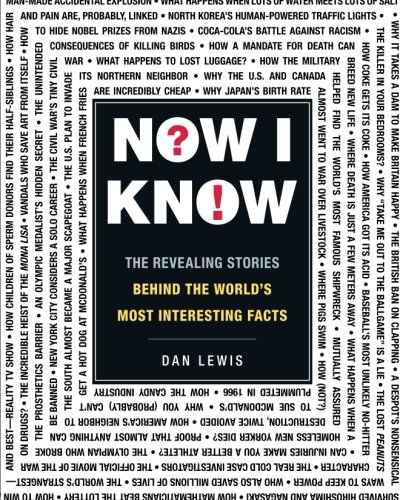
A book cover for Now I Know: The Revealing Stories Behind the World's Most Interesting Facts; Dan Lewis; Humor & Entertainment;